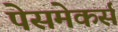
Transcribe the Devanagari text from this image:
पेसमेकर्स